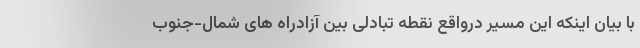
با بیان اینکه این مسیر درواقع نقطه تبادلی بین آزادراه های شمال-جنوب